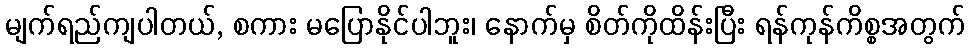
မျက်ရည်ကျပါတယ်, စကား မပြောနိုင်ပါဘူး၊ နောက်မှ စိတ်ကိုထိန်းပြီး ရန်ကုန်ကိစ္စအတွက်